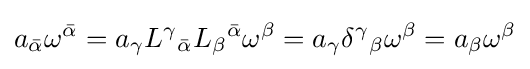
a_{\bar {\alpha }}\omega ^{\bar {\alpha }}=a_{\gamma }L^{\gamma }{}_{\bar {\alpha }}L_{\beta }{}^{\bar {\alpha }}\omega ^{\beta }=a_{\gamma }\delta ^{\gamma }{}_{\beta }\omega ^{\beta }=a_{\beta }\omega ^{\beta }